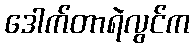
ဒေါက်တာရဲလွင်က